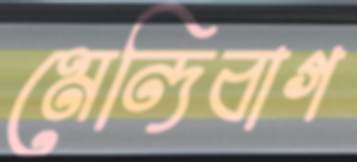
মেন্দিবাগ